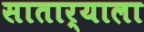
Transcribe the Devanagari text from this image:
सातार्याला